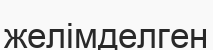
желімделген